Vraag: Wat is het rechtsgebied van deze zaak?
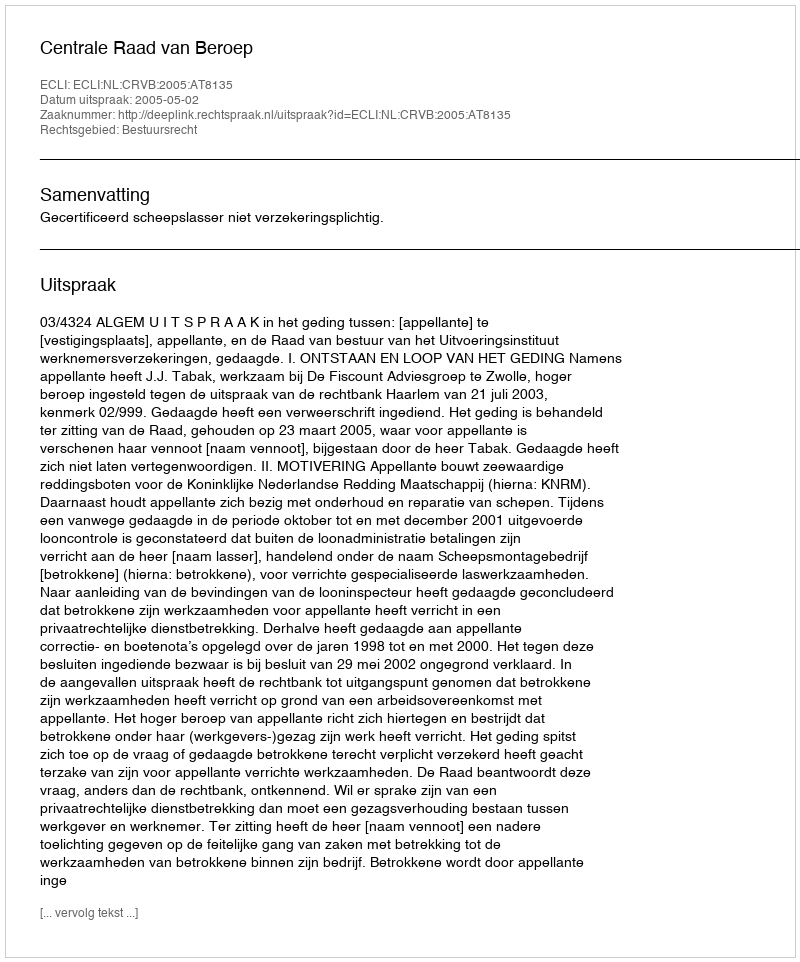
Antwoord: Bestuursrecht